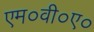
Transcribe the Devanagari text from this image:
एम०वी०ए०